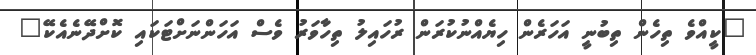
"ކީއްވެ ތިހެން ތިބުނީ އަހަރެން ހިޔެއްނުކުރަން ރުހައިލު ތިހާވަރު ވެސް އަހަންނަށްޓަކައި ކޮށްދޭނެއެކޭ"